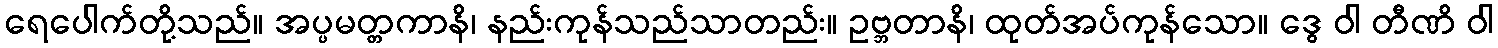
ရေပေါက်တို့သည်။ အပ္ပမတ္တကာနိ၊ နည်းကုန်သည်သာတည်း။ ဥဗ္ဘတာနိ၊ ထုတ်အပ်ကုန်သော။ ဒွေ ဝါ တီဏိ ဝါ